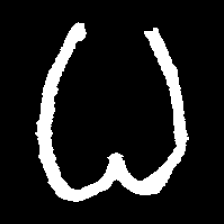
Pyu character \u2014 Myanmar letter: ဓ (romanized: dha)